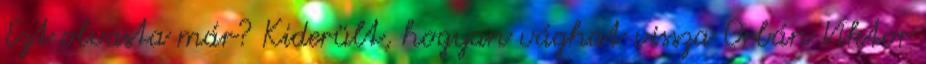
Ezt olvasta már? Kiderült, hogyan vághat vissza Orbán Viktor